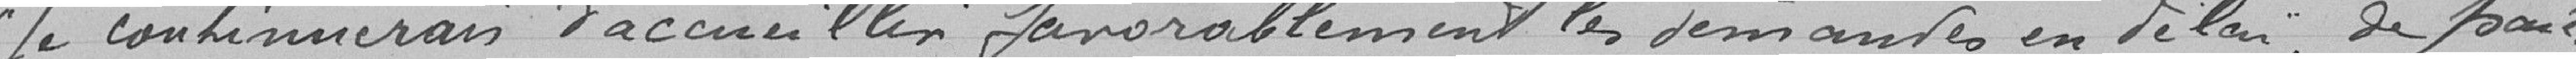
Je continuerais d'accueillir favorablement les demandes en délai de  paie-